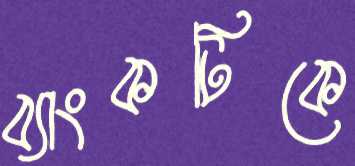
ব্যাংকটিকে